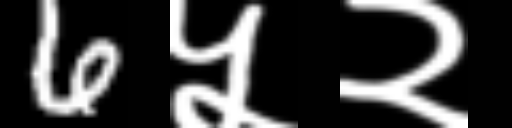
Text: 6५२